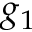
g _ { 1 }